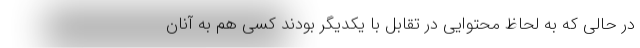
در حالی که به لحاظ محتوایی در تقابل با یکدیگر بودند کسی هم به آنان